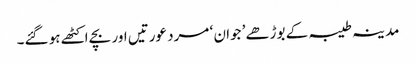
مدینہ طیبہ کے بوڑھے’ جوان ‘ مرد عورتیں اور بچے اکٹھے ہو گئے۔